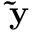
\mathbf { \widetilde { y } }